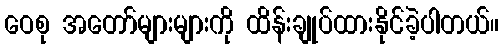
ဝေစု အတော်များများကို ထိန်းချုပ်ထားနိုင်ခဲ့ပါတယ်။